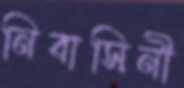
নিবাসিনী